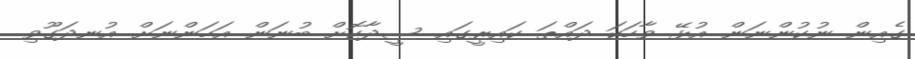
ގެއިން ނުކުންނަން އުޅޭ ވާހަކަ ދައްތަ ކައިރީގައި ސީދާކޮށް ބުނަން އަހަންނަށް އުނދަގޫވި